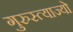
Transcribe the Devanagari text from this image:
गुरुस्त्याज्यो